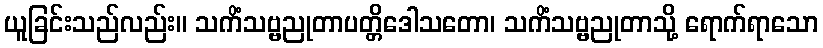
ယူခြင်းသည်လည်း။ သကိံသဗ္ဗညုတာပတ္တိဒေါသတော၊ သကိံသဗ္ဗညုတာသို့ ရောက်ရာသော